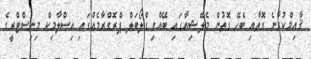
ޤާއިމްކުރާނެ ގޮތާއި ބެހޭ ގޮތުން މެލޭޝިއާގައި ބޭއްވި ގްލޯބަލް ޕްރޮގްރާމެއްގައި އިސްލާމިކް މިނިސްޓްރީގެ